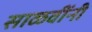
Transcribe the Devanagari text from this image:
साळवींनी